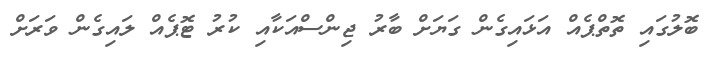
ބޮލުގައި ތޮތްޕެއް އަޅައިގެން ގަޔަށް ބާރު ޖިންސްއަކާއި ކުރު ޓޮޕެއް ލައިގެން ވަރަށް